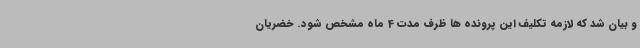
و بیان شد که لازمه تکلیف این پرونده ها ظرف مدت 4 ماه مشخص شود. خضریان